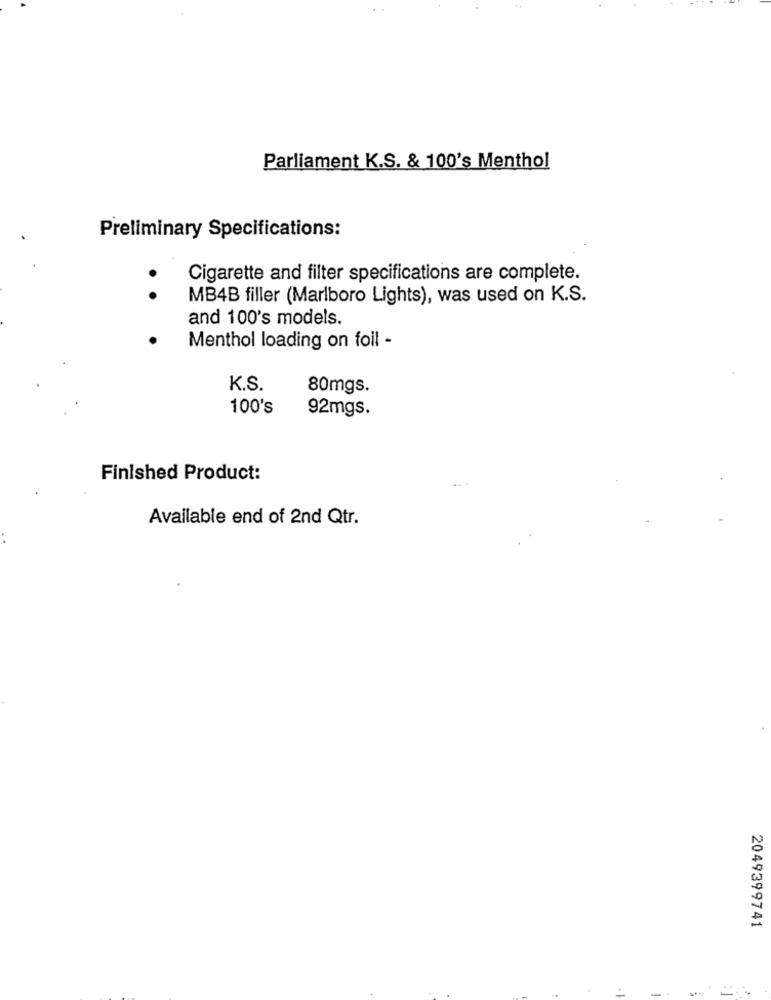
Parliament K.S. & 100's Menthol
Preliminary Specifications:
Cigarette and filter specifications are complete.
. .
MB4B filler (Marlboro Lights), was used on K.S.
and 100's models.
Menthol loading on foil -
K.S.
80mgs.
100's
92mgs.
Finished Product:
Available end of 2nd Qtr.
2049399741